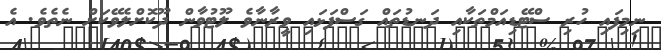
ނިމިފައި ހުރި ސްޓޭޑިއަމްތަކާއި ދަނޑުތައް ގަސްފަޅައި ވީރާނާވެ ލޫޓުވާން ދޫކޮށްލެވޭކަށް ނެތެވެ. އެ